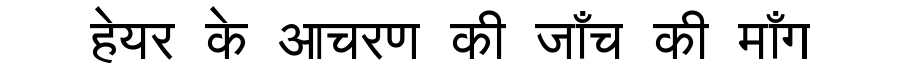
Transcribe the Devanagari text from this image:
हेयर के आचरण की जाँच की माँग